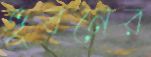
ভূবনের